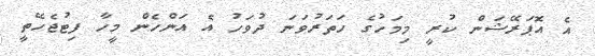
އެ އޮޕަރޭޝަން ކުރީ މިމަހުގެ ހަތަރުވަނަ ދުވަހު އެ އަންހެން މީހާ ފިޓުޖެހޭތީ